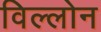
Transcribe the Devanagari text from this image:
विल्लोन